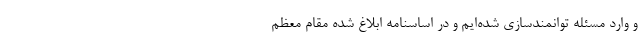
و وارد مسئله توانمندسازی شده‌ایم و در اساسنامه ابلاغ شده مقام معظم